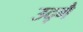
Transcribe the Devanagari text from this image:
उद्गै